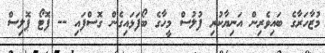
މުޒާހަރާގެ ބައިވެރިން އަނިޔާކުރި ފުލުސް މީހާގެ ބޯފަޅައިގެން ގޮސްފައި -- ފޮޓޯ ޕޮލިސް